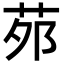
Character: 茒